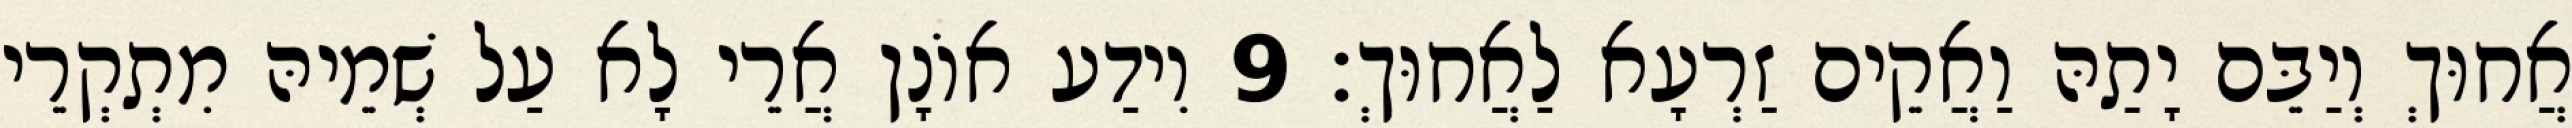
אֲחוּךְ וְיַבֵּם יָתַהּ וַאֲקֵים זַרְעָא לַאֲחוּךְ׃ 9 וִידַע אוֹנָן אֲרֵי לָא עַל שְׁמֵיהּ מִתְקְרֵי